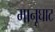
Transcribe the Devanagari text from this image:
मानूघाट